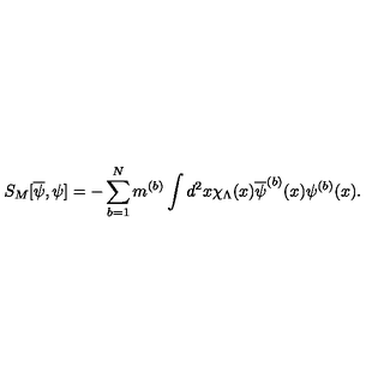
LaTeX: S _ { M } [ \overline { { \psi } } , \psi ] = - \sum _ { b = 1 } ^ { N } m ^ { ( b ) } \int d ^ { 2 } x \chi _ { \Lambda } ( x ) \overline { { \psi } } ^ { ( b ) } ( x ) \psi ^ { ( b ) } ( x ) .